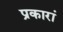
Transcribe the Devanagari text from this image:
प्रकारां